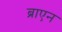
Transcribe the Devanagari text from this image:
ब्राएन